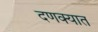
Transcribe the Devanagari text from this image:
दणक्यात